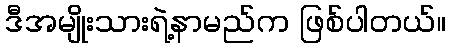
ဒီအမျိုးသားရဲ့နာမည်က ဖြစ်ပါတယ်။